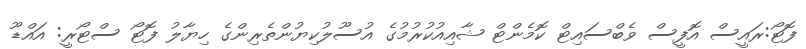
ފޮޓޯ:ރައީސް އޮފީސް ވެބްސައިޓް ކޮމެންޓް ޝާއިއުކުރުމުގެ އުސޫލުކިޔުންތެރިންގެ ހިޔާލު ފޮޓޯ ސްޓޯރީ: އައްޑޫ